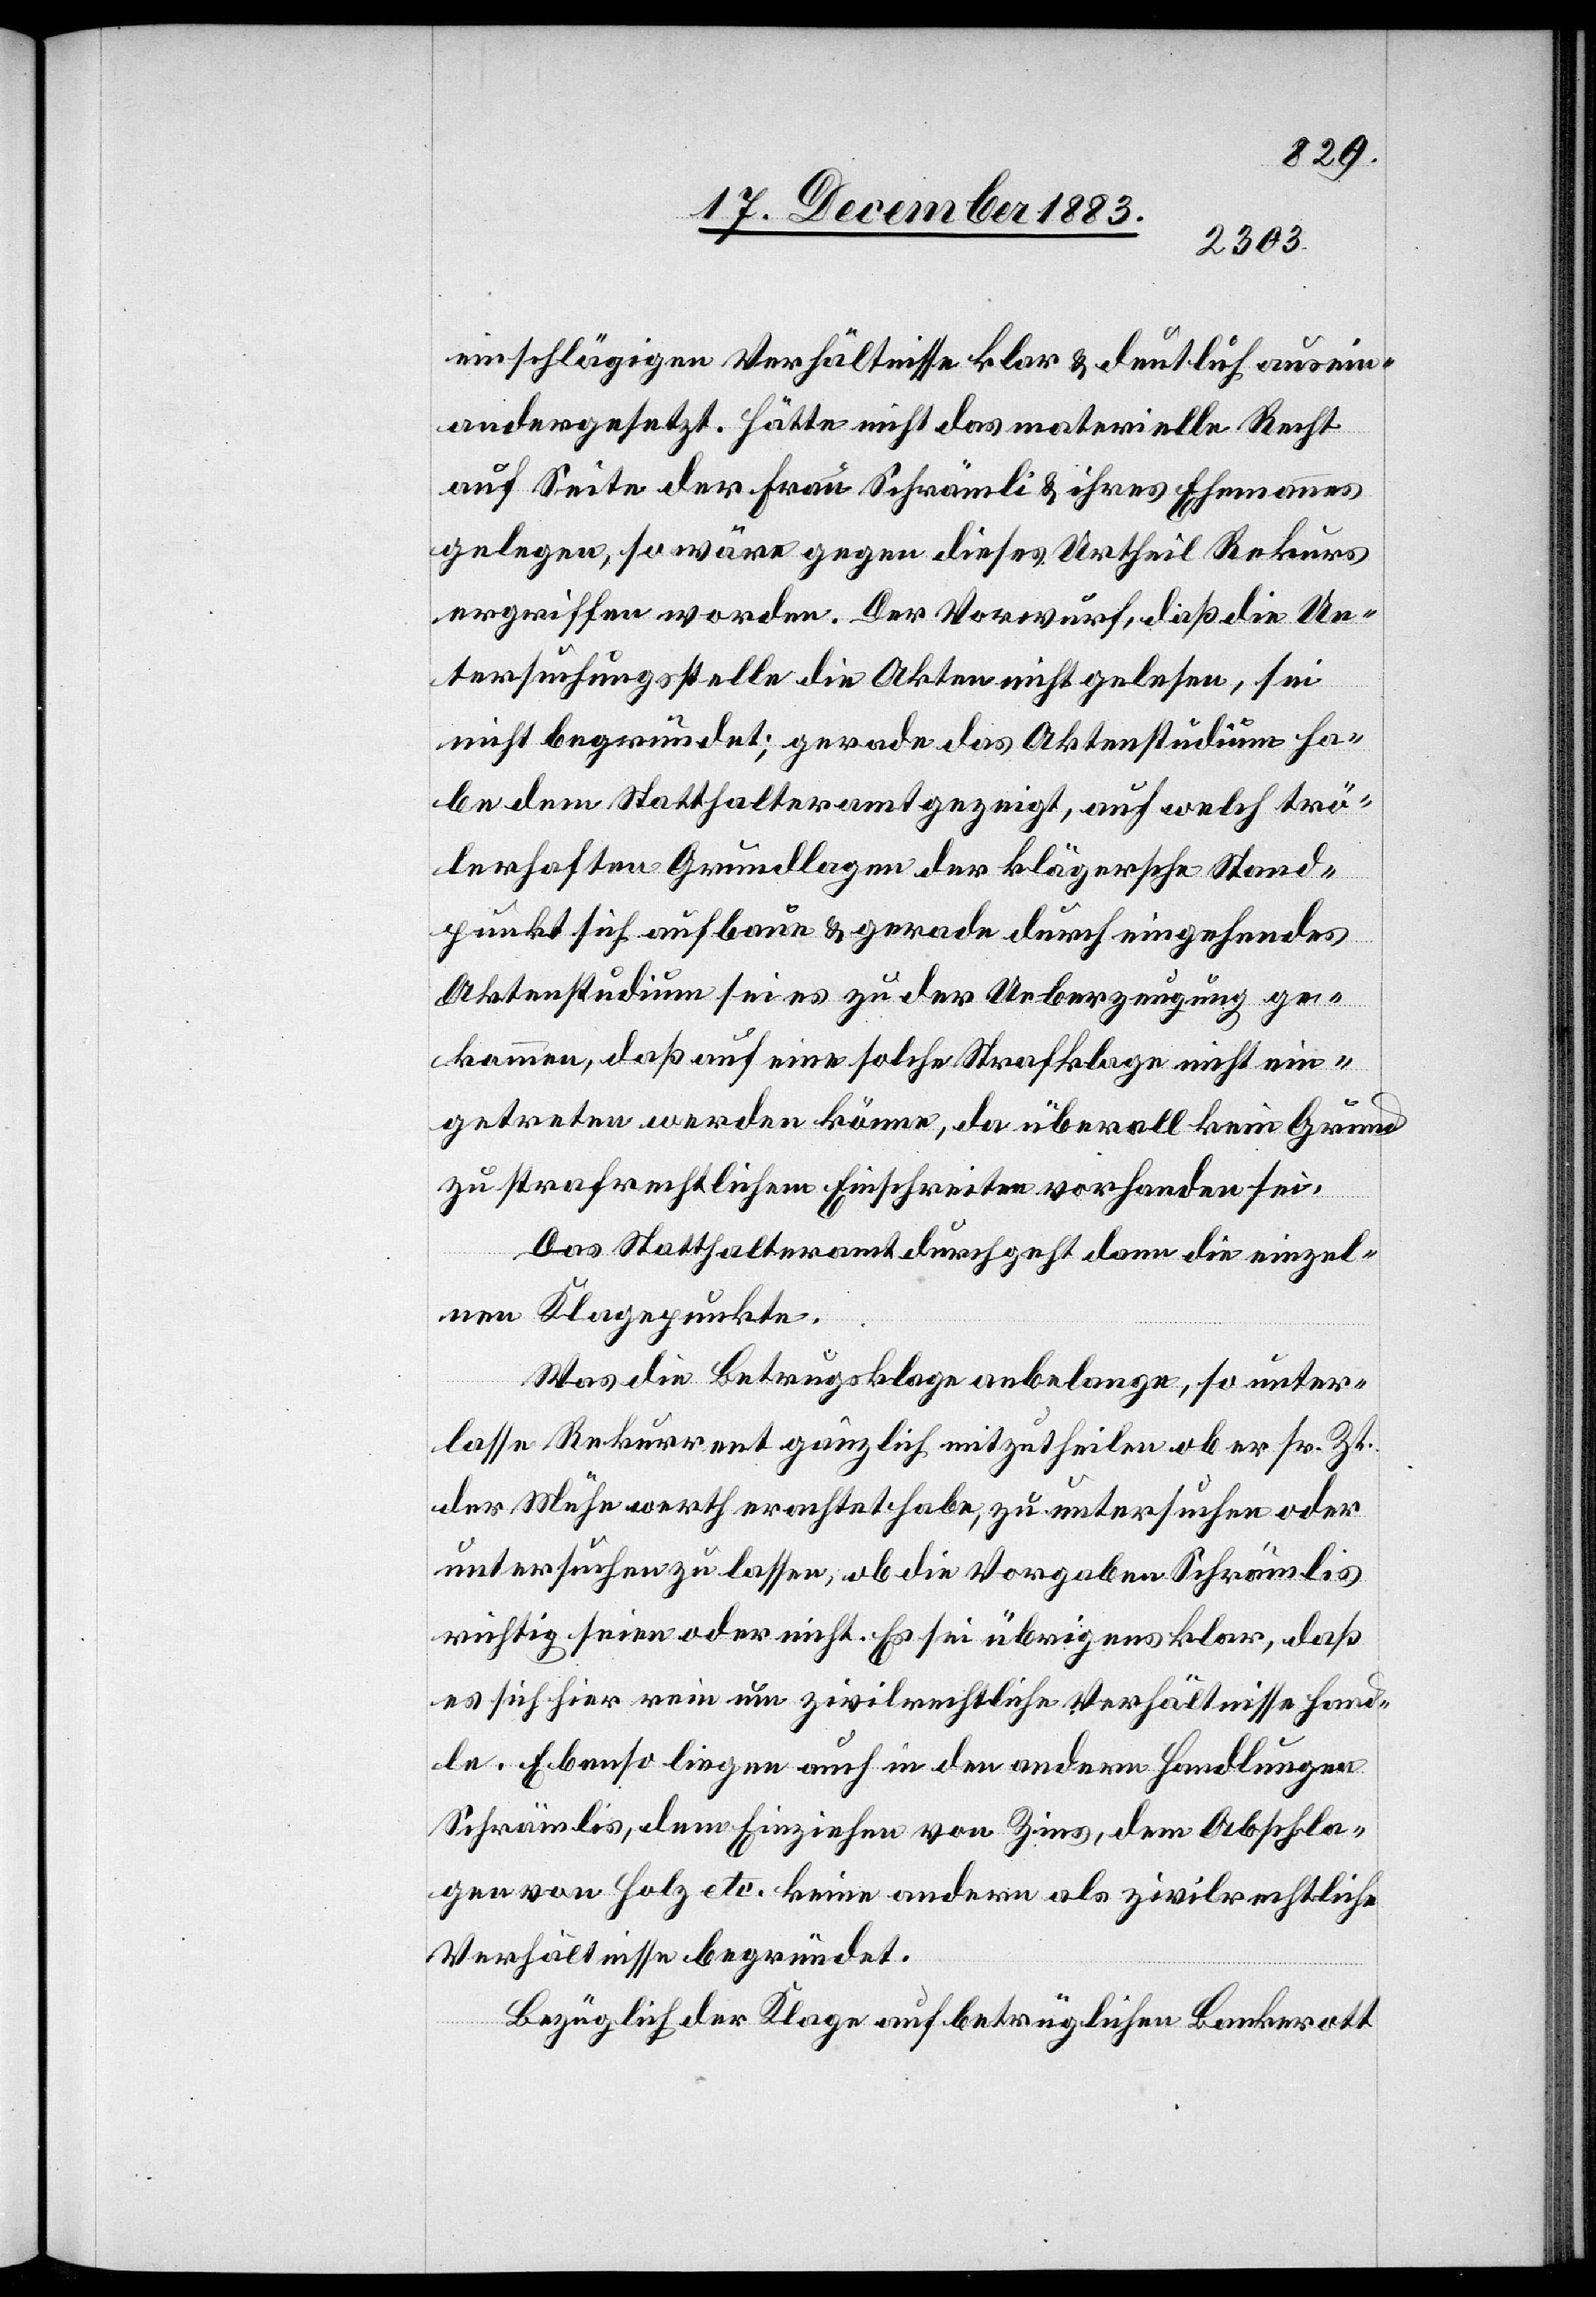
einschlägigen Verhältnisse klar & deutlich ausein¬
andergesetzt. Hätte nicht das materielle Recht
auf Seite der Frau Schrämli & ihres Ehemannes
gelegen, so wäre gegen dieses Urtheil Rekurs
ergriffen worden. Der Vorwurf, daß die Un¬
tersuchungsstelle die Akten nicht gelesen, sei
nicht begründet; gerade das Aktenstudium ha¬
be dem Statthalteramt gezeigt, auf welch trö¬
lerhaften Grundlagen der klägersche Stand¬
punkt sich aufbaue & gerade durch eingehendes
Aktenstudium sei es zu der Ueberzeugung ge¬
kommen, daß auf eine solche Strafklage nicht ein¬
getreten werden könne, da überall kein Grund
zu strafrechtlichem Einschreiten vorhanden sei.
Das Statthalteramt durchgeht dann die einzel¬
nen Klagepunkte.
Was die Betrugsklage anbelange, so unter¬
lasse Rekurrent gänzlich mitzutheilen ob er sr. Zt.
der Mühe werth erachtet habe, zu untersuchen oder
untersuchen zu lassen, ob die Vorgaben Schrämlis
richtig seien oder nicht. Es sei übrigens klar, daß
es sich hier rein um zivilrechtliche Verhältnisse hand¬
le. Ebenso liegen auch in den andern Handlungen
Schrämlis, dem Einziehen von Zins, dem Abschla¬
gen von Holz etc. keine andern als zivilrechtliche
Verhältnisse begründet.
Bezüglich der Klage auf betrüglichen Bankerott